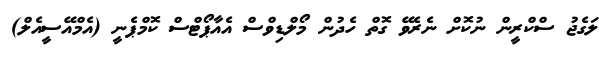
ލަގެޖު ސްކްރީން ނުކޮށް ނެރެވޭ ގޮތް ހެދުން މޯލްޑިވްސް އެއާޕޯޓްސް ކޮމްޕެނީ (އެމްއޭސީއެލް)